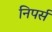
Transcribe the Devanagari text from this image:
निपर्स